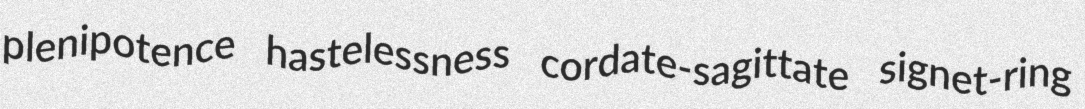
plenipotence hastelessness cordate-sagittate signet-ring